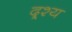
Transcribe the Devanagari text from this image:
द्र्श्य